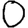
Digit: 0